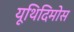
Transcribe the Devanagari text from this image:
यूथिदिमोस